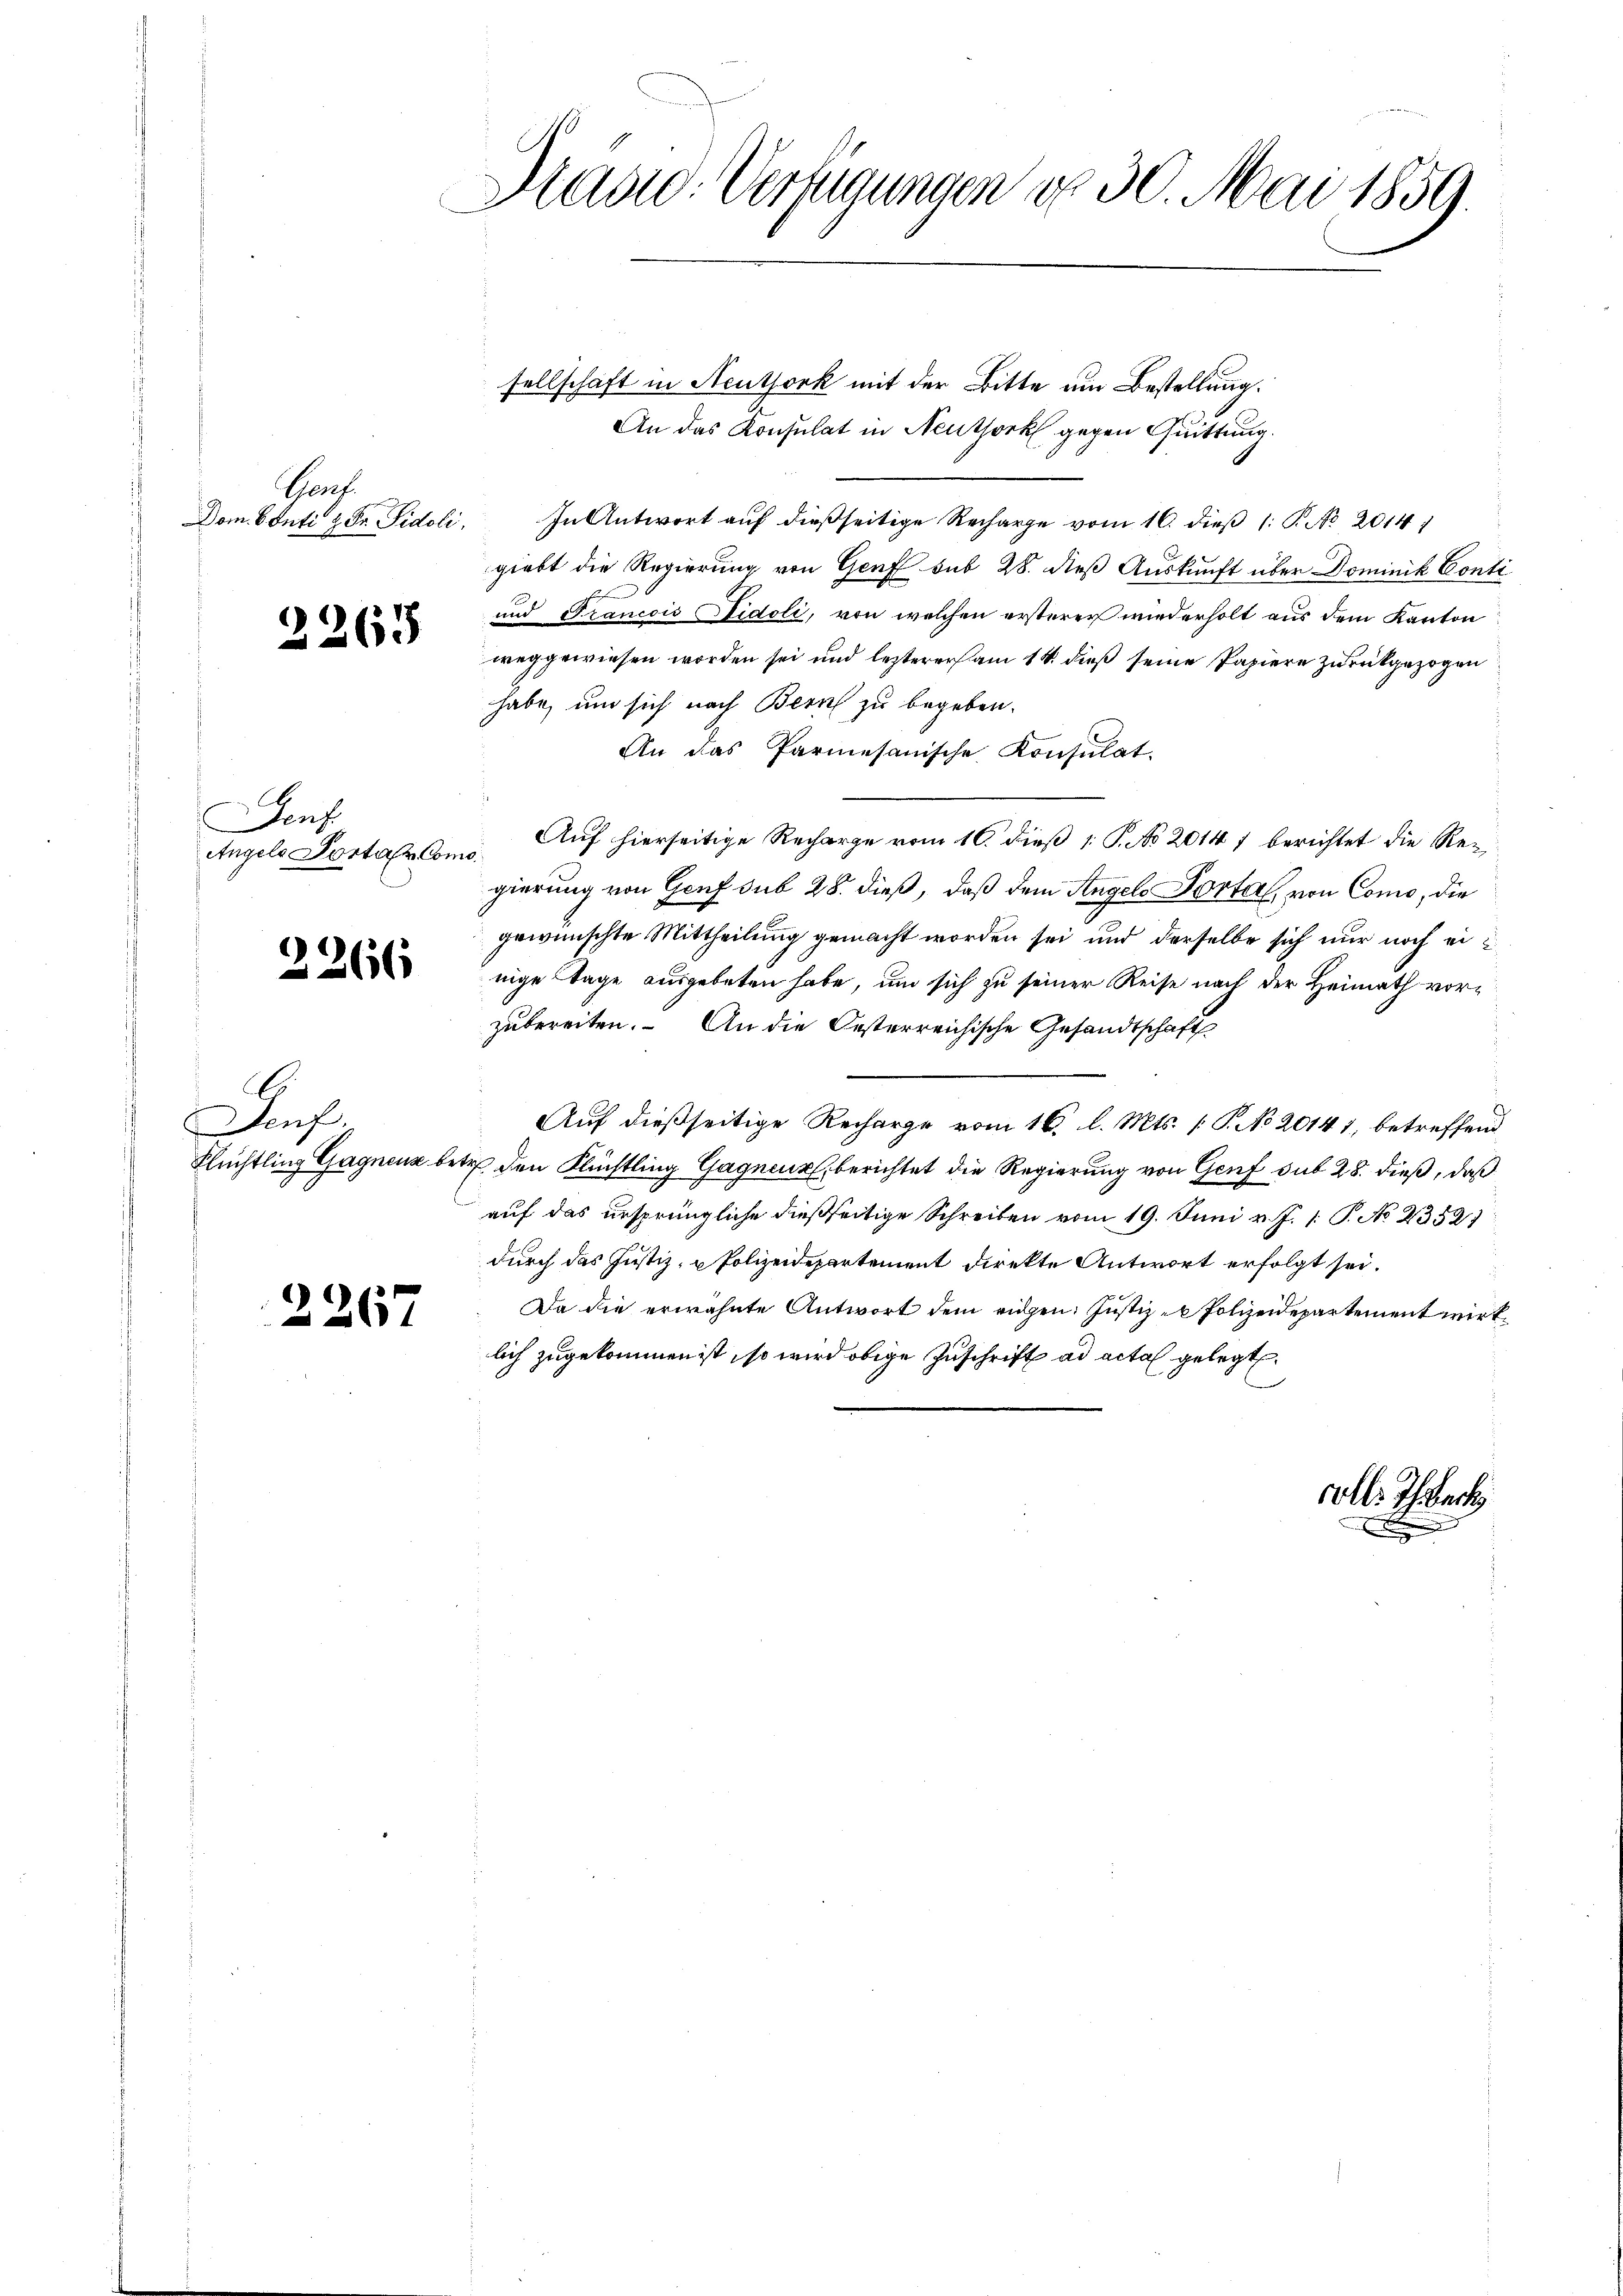
Genf.
Dom 6 Outi & Fr. Sidoli

2265

E
Jens
Angels Portar Como¬

2266

.
Jenf

2267

Brasi: Verfügungen d. 30. Mai 1859.

sellschaft in Neuthork mit der Bitte um Bestellung.
An das Konsulat in Neuthork gegen Quittung.
In Antwort auf dießseitige Recharge vom 16. dieß 1: P. No 20141
giebt die Regierung von Genf sub 28. dieß Auskunft über Dominik Conti
und Francois Aidoli, von welchen ersterer wiederholt aus dem Kanton
weggewiesen worden sei und lezterers am 14. dieß seine Papiere zurückgezogen
habe, um sich nach Bern zu begeben.
An das Parmesanische Konsulat.
Auf hierseitige Recharge vom 10. dieß 1 S. No 2014 7 berichtet die Regierung von Genf sub 28. dieß, daß dem Angelo Portal, von Como, die
gewünschte Mittheilung gemacht worden sei und derselbe sich nur noch einige Tage ausgebeten habe, um sich zu seiner Reise nach der Heimath vorzubereiten. An die Oesterreichische Gesandtschaft
Auf dießseitige Recharge vom 16. l. Mts. 1 P. No 20141, betreffend
Flüchtling Gagnenz betr. den Flüchtling Gagneur, berichtet die Regierung von Genf sub 28. dieß, daß
auf das ursprüngliche dießseitige Schreiben vom 19. Juni v. J. 1. P. No 2352)
durch das Justiz- u Polizeidepartement direkte Antwort erfolgt sei.
Da die erwähnte Antwort dem eidgen: Justiz- & Polizeidepartement wirklich zugekommen ist, so wird obige Zuschrift ad acta gelegt.

coll: Therech
d